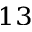
^ { 1 3 }